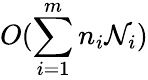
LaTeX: O(\sum_{i=1}^{m}n_{i}\mathcal{N}_{i})